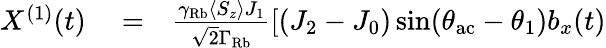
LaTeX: \begin{array}{rlr}{X^{(1)}(t)}&{{}=}&{\frac{\gamma_{\mathrm{Rb}}\langle S_{z}\rangle J_{1}}{\sqrt{2}\Gamma_{\mathrm{Rb}}}\left[(J_{2}-J_{0})\sin(\theta_{\mathrm{ac}}-\theta_{1})b_{x}(t)\right.}\end{array}